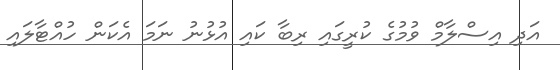
އަދި އިސްލާމް ވުމުގެ ކުރީގައި ރިބާ ކައި އުޅުނު ނަމަ އެކަން ހުއްޓާލައި